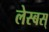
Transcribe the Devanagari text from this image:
लेस्बस्